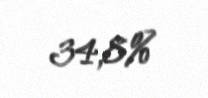
34,8%